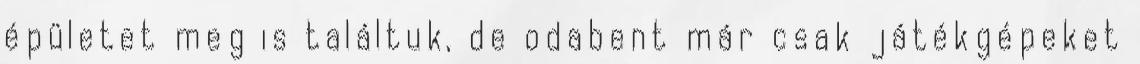
épületet meg is találtuk, de odabent már csak játékgépeket